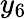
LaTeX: y_{6}